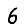
Digit: 6